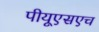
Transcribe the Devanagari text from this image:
पीयूएसएच